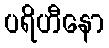
ပရိဟီနော